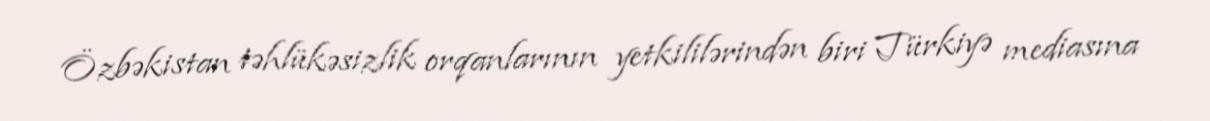
Özbəkistan təhlükəsizlik orqanlarının yetkililərindən biri Türkiyə mediasına